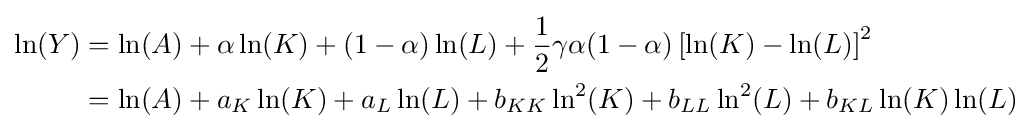
{\begin{aligned}\ln(Y)&=\ln(A)+\alpha \ln(K)+(1-\alpha )\ln(L)+{\frac {1}{2}}\gamma \alpha (1-\alpha )\left[\ln(K)-\ln(L)\right]^{2}\\&=\ln(A)+a_{K}\ln(K)+a_{L}\ln(L)+b_{KK}\ln ^{2}(K)+b_{LL}\ln ^{2}(L)+b_{KL}\ln(K)\ln(L)\end{aligned}}